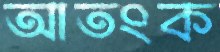
আতংক